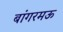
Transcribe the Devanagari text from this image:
बांगरमऊ